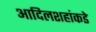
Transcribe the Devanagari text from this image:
आदिलशहांकडे